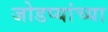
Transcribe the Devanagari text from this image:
जोडप्यांच्या